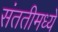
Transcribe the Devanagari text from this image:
संततीमध्ये